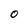
Character: O